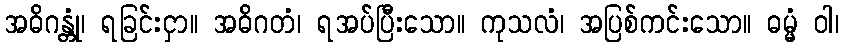
အဓိဂန္တုံ၊ ရခြင်းငှာ။ အဓိဂတံ၊ ရအပ်ပြီးသော။ ကုသလံ၊ အပြစ်ကင်းသော။ ဓမ္မံ ဝါ၊